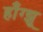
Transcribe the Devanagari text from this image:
हाँग्झू